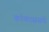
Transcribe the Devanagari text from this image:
कॉकाससचे